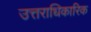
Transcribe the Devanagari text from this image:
उत्तराधिकारिक